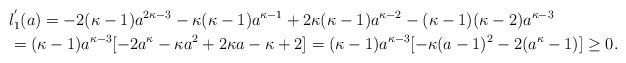
LaTeX: \begin{align*}&l_1^{'}(a)=-2(\kappa-1)a^{2\kappa-3}-\kappa(\kappa-1)a^{\kappa-1}+2\kappa(\kappa-1)a^{\kappa-2}-(\kappa-1)(\kappa-2)a^{\kappa-3}\\&=(\kappa-1)a^{\kappa-3}[-2a^\kappa-\kappa a^2+2\kappa a-\kappa+2]=(\kappa-1)a^{\kappa-3}[-\kappa(a-1)^2-2(a^\kappa-1)]\ge 0.\end{align*}